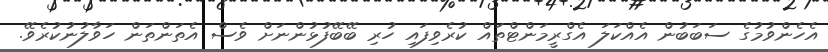
އެހެންވުމުގެ ސަބަބުން އެއްކަލަ އެގްރީމަންޓްތައް ކުރެވިފައި ހުރި ބޭބޭފުޅުންނަށް ވެސް އެތަންތަން ހަވާލުނުކުރެވޭ.